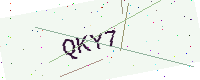
Text: QKY7